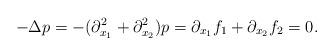
LaTeX: \begin{align*}-\Delta p=- (\partial_{x_1}^2+\partial_{x_2}^{2}) p=\partial_{x_1} f_{1}+\partial_{x_2} f_{2}=0.\end{align*}